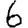
Digit: 6